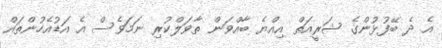
އެ ދެ ބޭފުޅުންގެ ޝަރީއަތް އިއްޔެ ބާއްވަން ތާވަލްކުރި ނަމަވެސް އެ އަޑުއެހުންތައް